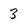
Character: 3